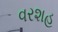
વરશહ